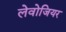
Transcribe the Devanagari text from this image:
लेवोजियर